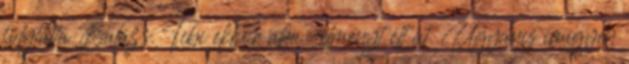
folytatta Balázs. Tibi ekkor aha-élményt élt át. Ugyanis imígyen